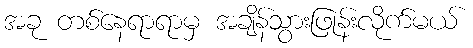
အခု တစ်နေရာရာမှ အချိန်သွားဖြုန်းလိုက်မယ်